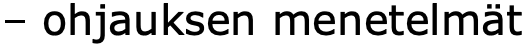
– ohjauksen menetelmät